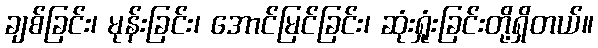
ချစ်ခြင်း၊ မုန်းခြင်း၊ အောင်မြင်ခြင်း၊ ဆုံးရှုံးခြင်းတို့ရှိတယ်။